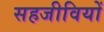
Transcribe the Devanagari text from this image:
सहजीवियों